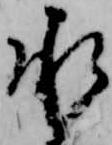
承